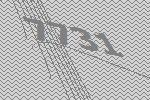
7731